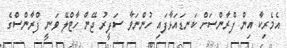
އެމެރިކާ އިން ފްރާންސަށް ކަނޑައަޅާފައި ހުންނަވާ ސަފީރު ޖޭން ހާޓްލޭ ވަނީ ފްރާންސްގެ